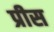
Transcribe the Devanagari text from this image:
प्रीस